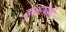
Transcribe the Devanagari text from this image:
कूथ्रापल्ली